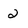
Character: 2